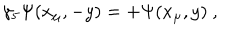
\gamma _ { 5 } \Psi ( x _ { \mu } , - y ) = + \Psi ( x _ { \mu } , y ) ~ ,